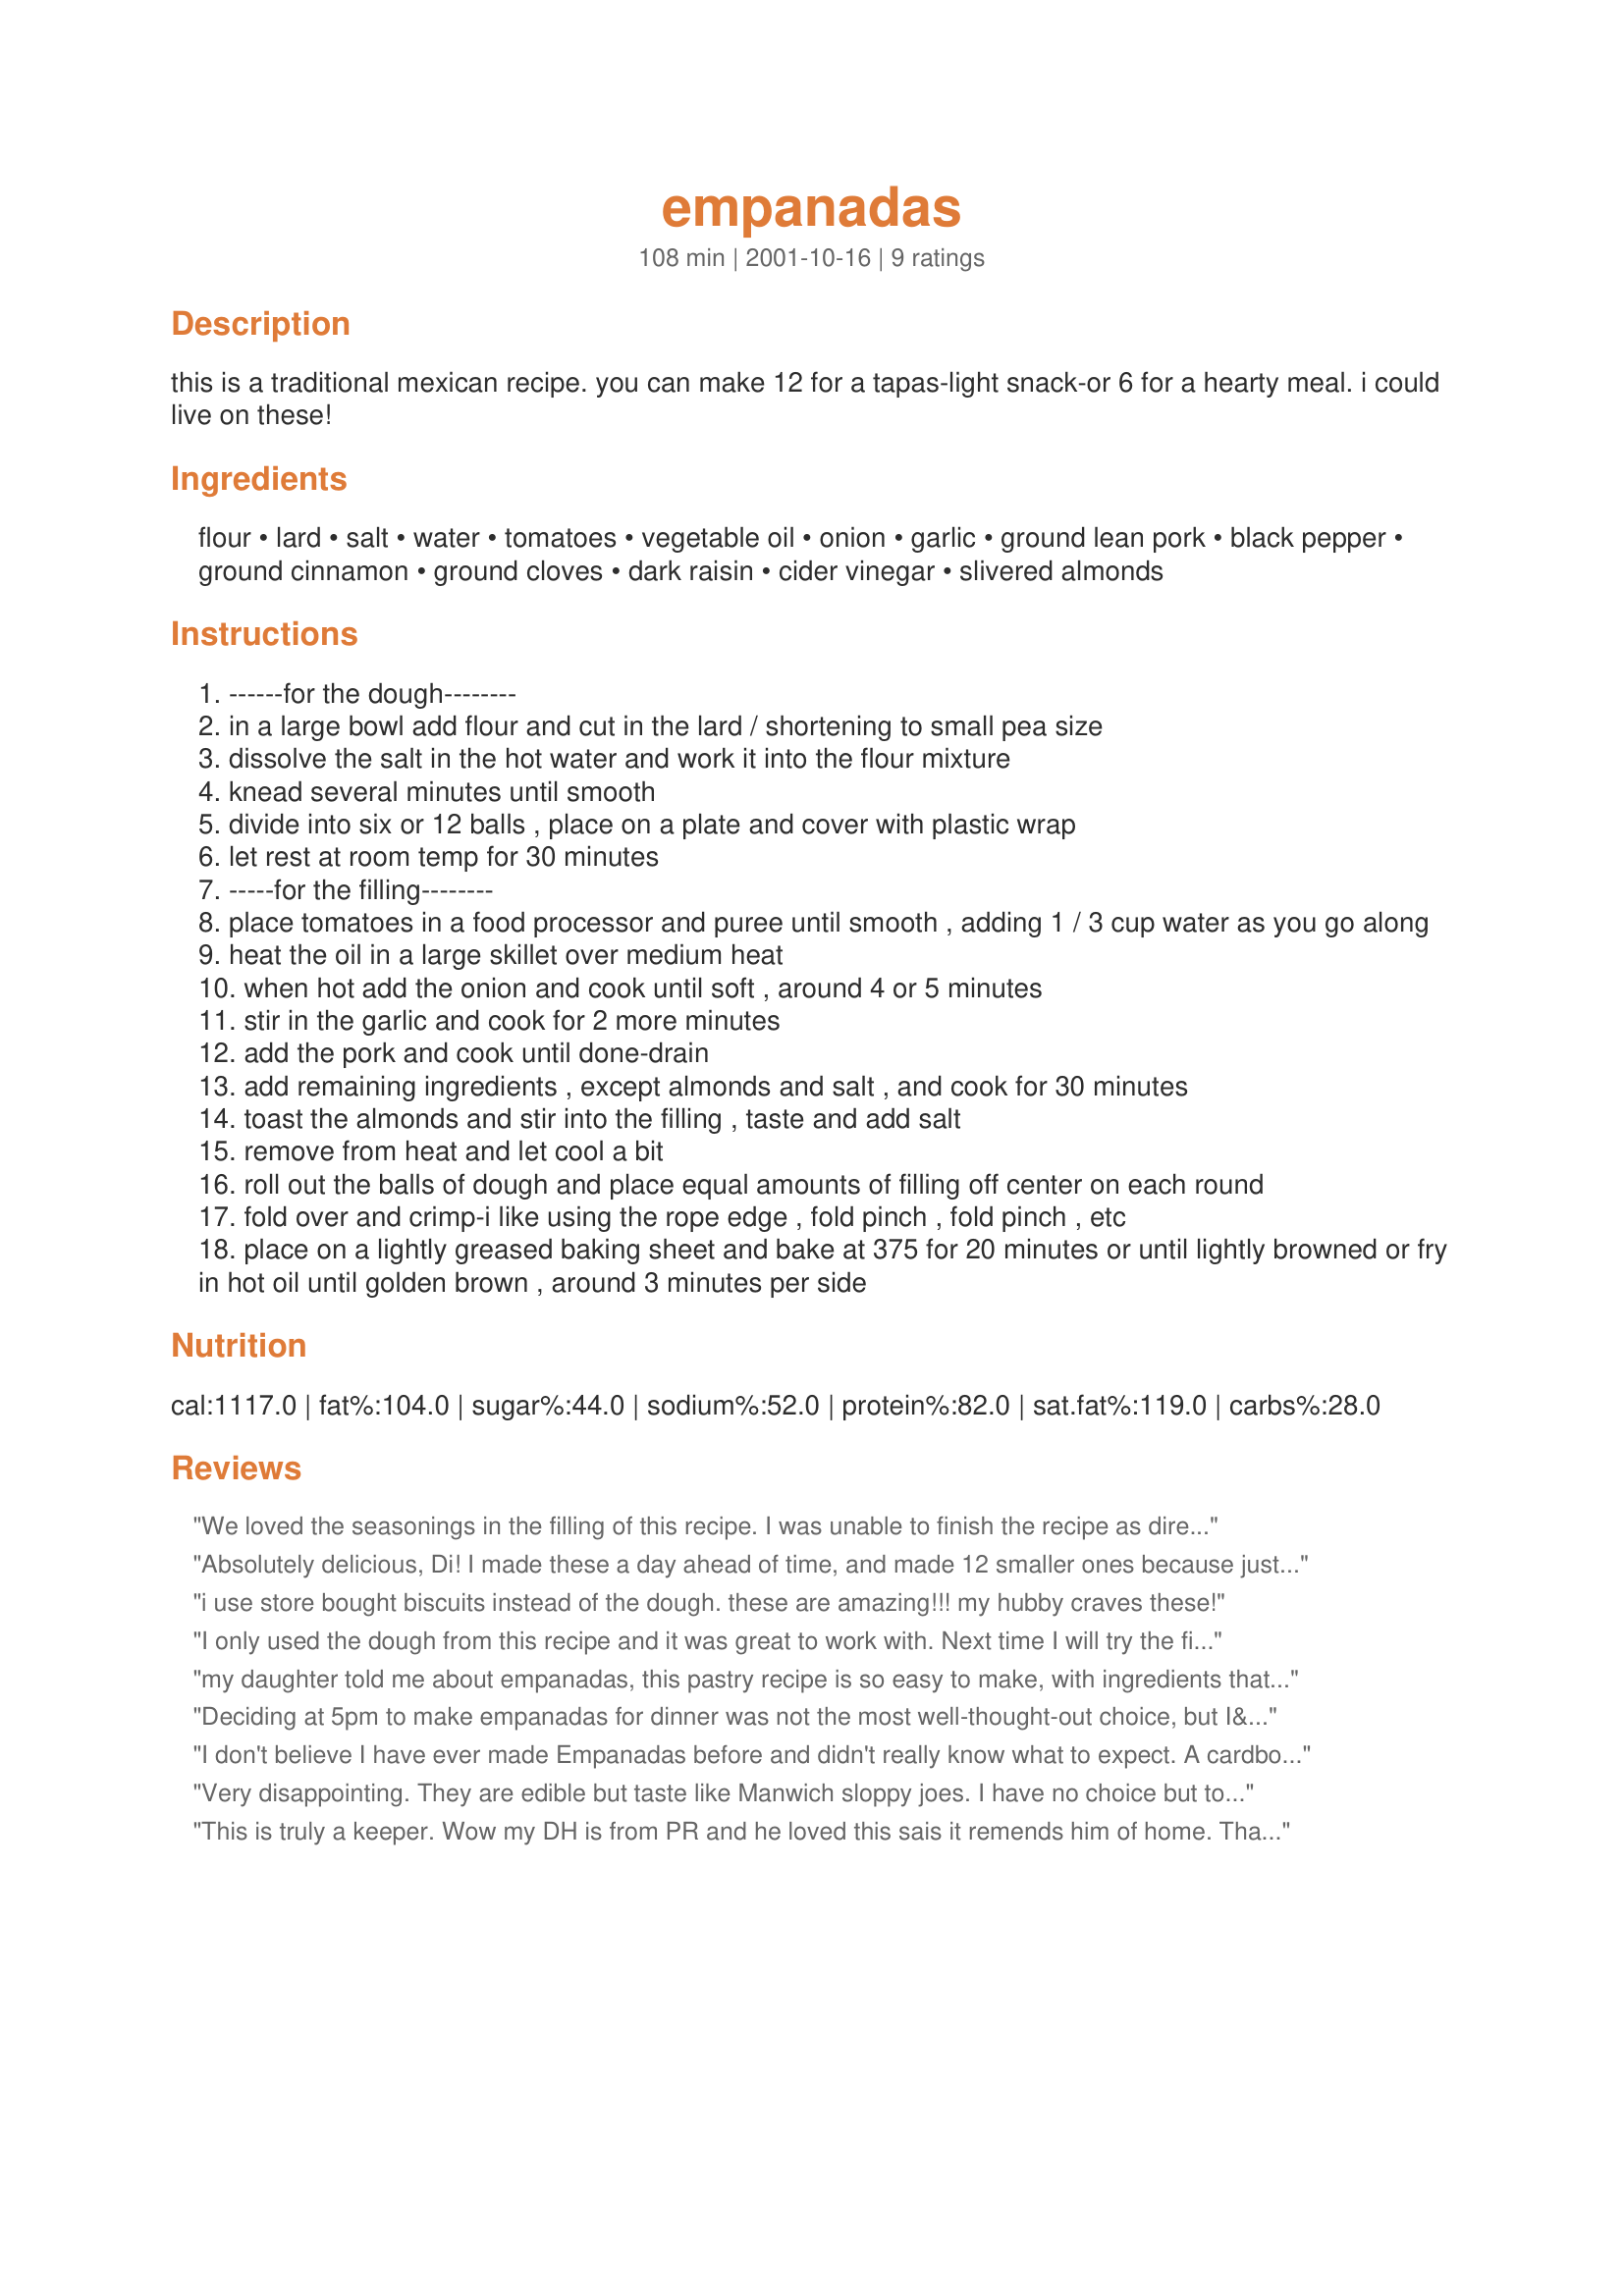
empanadas
Preparation time: 108 minutes

this is a traditional mexican recipe. you can make 12 for a tapas-light snack-or 6 for a hearty meal. i could live on these!

Ingredients:
flour, lard, salt, water, tomatoes, vegetable oil, onion, garlic, ground lean pork, black pepper, ground cinnamon, ground cloves, dark raisin, cider vinegar, slivered almonds

Steps:
------for the dough--------
in a large bowl add flour and cut in the lard / shortening to small pea size
dissolve the salt in the hot water and work it into the flour mixture
knead several minutes until smooth
divide into six or 12 balls , place on a plate and cover with plastic wrap
let rest at room temp for 30 minutes
-----for the filling--------
place tomatoes in a food processor and puree until smooth , adding 1 / 3 cup water as you go along
heat the oil in a large skillet over medium heat
when hot add the onion and cook until soft , around 4 or 5 minutes
stir in the garlic and cook for 2 more minutes
add the pork and cook until done-drain
add remaining ingredients , except almonds and salt , and cook for 30 minutes
toast the almonds and stir into the filling , taste and add salt
remove from heat and let cool a bit
roll out the balls of dough and place equal amounts of filling off center on each round
fold over and crimp-i like using the rope edge , fold pinch , fold pinch , etc
place on a lightly greased baking sheet and bake at 375 for 20 minutes or until lightly browned or fry in hot oil until golden brown , around 3 minutes per side

Reviews:
We loved the seasonings in the filling of this recipe. I was unable to finish the recipe as directed due to running out of time. It was one of those days :) I had made the filling & dough and was letting them chill before rolling & stuffing. When I finally got back to the kitchen in a rush, I simply poured the filling into a casserole dish, rolled out the dough to top it, and baked. It ended up like a pot pie & the flavors were wonderful. Thanks for sharing your recipe!
Absolutely delicious, Di! I made these a day ahead of time, and made 12 smaller ones because just the two of us using them for snacks. Refrigerated them, then cooked just 4 today (in the oven) and froze the rest for later. Even just the 4 were very filling, but I can't wait to have the rest! Thanks for a great recipe! :o)
i use store bought biscuits instead of the dough. these are amazing!!! my hubby craves these!
I only used the dough from this recipe and it was great to work with. Next time I will try the filling. Thanks for an easy dough recipe!!!
my daughter told me about empanadas, this pastry recipe is so easy to make, with ingredients that I always have on hand. It was easy to roll out, made 6 large empanadas . I did moisten the edges of the pastry to get them to seal properly. I made a different filling for mine using leftover roast beef, mushrooms, onions,black olives and barbeque sauce, so I can't comment on that part.
Deciding at 5pm to make empanadas for dinner was not the most well-thought-out choice, but I&#039;m glad I did! So dinner wasn&#039;t until 8pm... Okay, my variations: not fresh tomatoes, but a 15-oz can of diced tomatoes. Misread the recipe &amp; used 3 Tbsp (instead of 3 tsp) of shortening. Probably overhandled dough, because it came out a bit tough. Filling was fabulous (95% lean ground pork). Six 6&quot; rounds of dough, but enough filling for 7 empanadas. Also, calories shown were for 1 of 4 empanadas, when the recipe makes 6. Had to re-do the math on that. Thank you! I&#039;ve always wanted to try making empanadas, and I call this a successful first try!
I don't believe I have ever made Empanadas before and didn't really know what to expect. A cardboard crust came to mind with such a small amount of fat :) So happy to say that I was completely wrong and we devoured these for dinner. I will be making them many times in the future. We really enjoyed the filling too! Made for CQ4
Very disappointing. They are edible but taste like Manwich sloppy joes. I have no choice but to serve them with my mexican themed brunch tomorrow, but will not make them again.
This is truly a keeper. Wow my DH is from PR and he loved this sais it remends him of home. Thank you...
